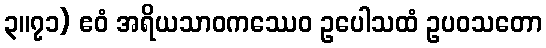
၃။၇၁) ဧဝံ အရိယသာဝကဿေဝ ဥပေါသထံ ဥပဝသတော